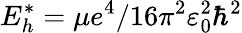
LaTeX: E_{h}^{*}=\mu e^{4}/16\pi^{2}\varepsilon_{0}^{2}\hbar^{2}